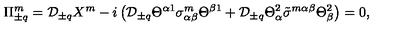
\Pi _ { \pm q } ^ { m } = { \cal D } _ { \pm q } X ^ { m } - i \left( { \cal D } _ { \pm q } \Theta ^ { \alpha 1 } \sigma _ { \alpha \beta } ^ { m } \Theta ^ { \beta 1 } + { \cal D } _ { \pm q } \Theta _ { \alpha } ^ { 2 } \tilde { \sigma } ^ { m \alpha \beta } \Theta _ { \beta } ^ { 2 } \right) = 0 ,